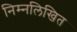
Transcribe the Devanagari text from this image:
निम्‍नलिखित